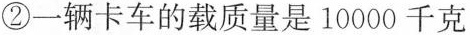
②一辆卡车的载质量是10000千克